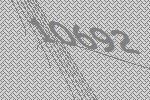
10692